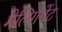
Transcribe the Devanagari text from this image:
मेलिगनेंट